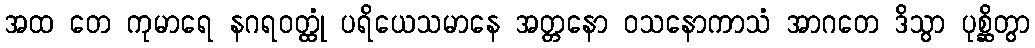
အထ တေ ကုမာရေ နဂရဝတ္ထုံ ပရိယေသမာနေ အတ္တနော ဝသနောကာသံ အာဂတေ ဒိသွာ ပုစ္ဆိတွာ